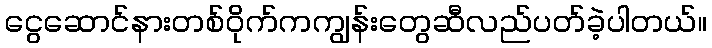
ငွေဆောင်နားတစ်ဝိုက်ကကျွန်းတွေဆီလည်ပတ်ခဲ့ပါတယ်။